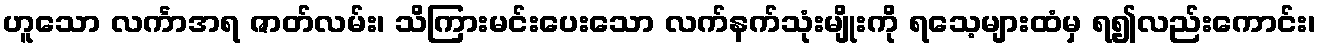
ဟူသော လင်္ကာအရ ဇာတ်လမ်း၊ သိကြားမင်းပေးသော လက်နက်သုံးမျိုးကို ရသေ့များထံမှ ရ၍လည်းကောင်း၊